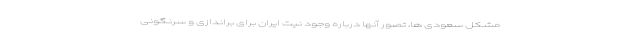
مشکل سعودی ها، تصور آنها درباره وجود نیت ایران برای براندازی و سرنگونی